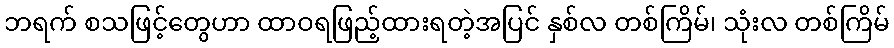
ဘရက် စသဖြင့်တွေဟာ ထာဝရဖြည့်ထားရတဲ့အပြင် နှစ်လ တစ်ကြိမ်၊ သုံးလ တစ်ကြိမ်